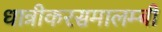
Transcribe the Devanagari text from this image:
धात्रीकरसमालम्बी